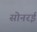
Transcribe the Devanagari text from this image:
सोनरई